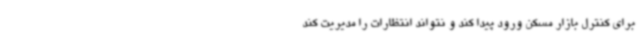
برای کنترل بازار مسکن ورود پیدا کند و نتواند انتظارات را مدیریت کند